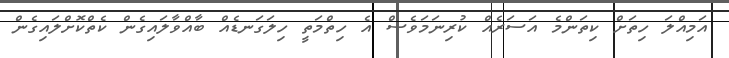
އަމިއްލަ ހިތަށް ކިތަންމެ އަސަރެއް ކުރިނަމަވެސް އެ ހިތްމަތީ ހިލަގަނޑެއް ބާއްވާލައިގެން ކެތްކޮށްލައިގެން